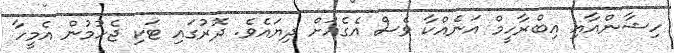
ހިޝާންއާއި އިބްރާހީމް އަނެއްކާ ވެސް އެގެއަށް ދިޔައެވެ. ދޮރުގައި ޓަކި ޖެހުމުން އެމީހާ